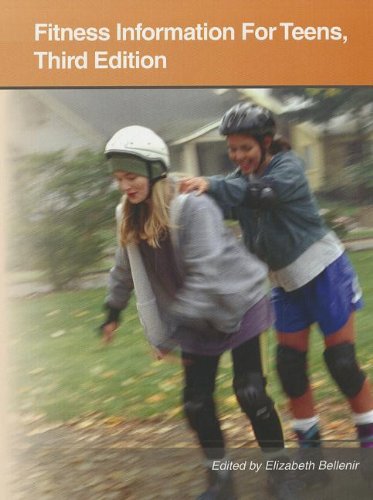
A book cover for Fitness Information for Teens: Health Tips About Exercise and Active Lifestyles: Including Facts About Healthy Muscles and Bones, Starting and ... Plans, Aerobic Fit (Teen Health Series); Health, Fitness & Dieting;